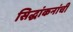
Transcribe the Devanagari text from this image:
सिद्धांकनांची